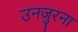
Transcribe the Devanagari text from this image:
उनजुरना